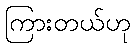
ကြားတယ်ဟု